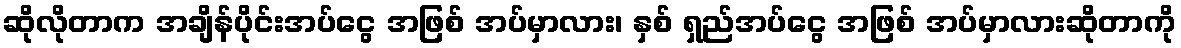
ဆိုလိုတာက အချိန်ပိုင်းအပ်ငွေ အဖြစ် အပ်မှာလား၊ နှစ် ရှည်အပ်ငွေ အဖြစ် အပ်မှာလားဆိုတာကို